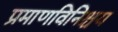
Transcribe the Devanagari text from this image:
प्रमाणविनिश्चय